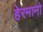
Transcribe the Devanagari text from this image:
हेरमानो